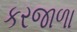
કરજાળા